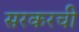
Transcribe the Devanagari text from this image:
सरकरची